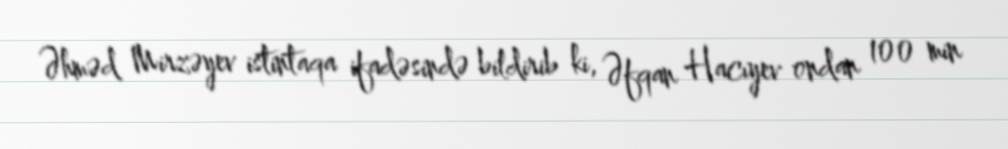
Əhməd Mirzəyev istintaqa ifadəsində bildirib ki, Əfqan Hacıyev ondan 100 min